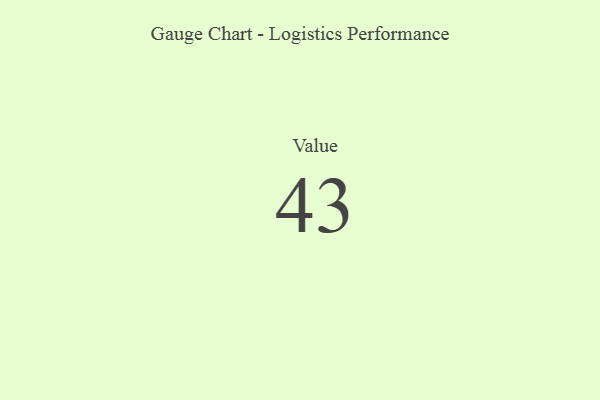
{"axis": {"x": "Metric", "y": "Value"}, "legend": [""], "data": [{"x": "Value", "y": 43, "type": ""}]}